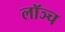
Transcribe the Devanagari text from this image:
लॉञ्च